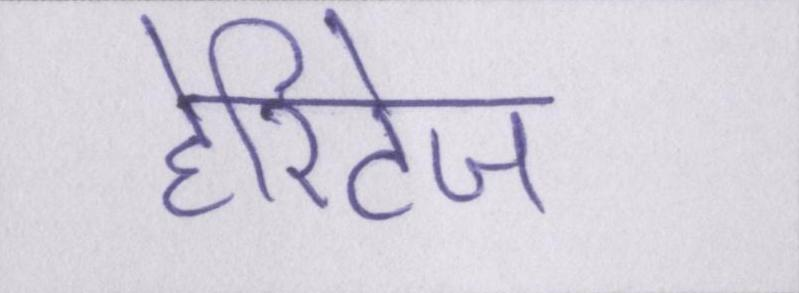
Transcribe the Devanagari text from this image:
हेरिटेज